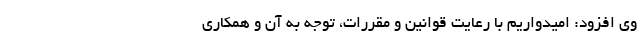
وی افزود: امیدواریم با رعایت قوانین و مقررات، توجه به آن و همکاری